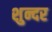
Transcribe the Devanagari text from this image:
शुन्दर